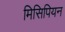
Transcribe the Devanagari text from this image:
मिसिपियन